Papers set at the Examination for Leaving Certificates, 1891
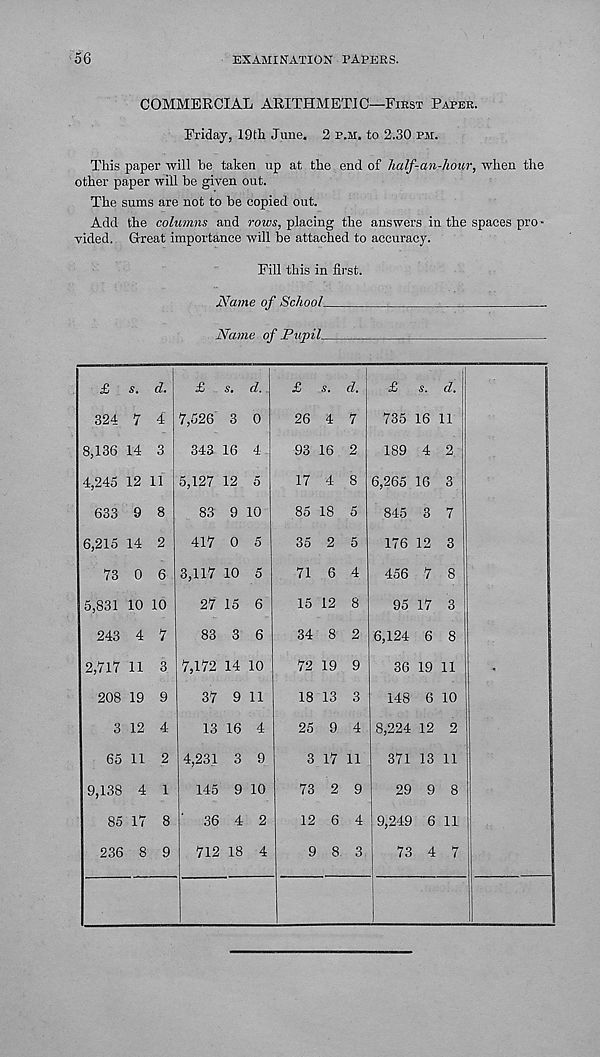
56
EXAMINATION PAPERS.
COMMERCIAL ARITHMETIC—First Paper.
Friday, 19th June. 2 p.h. to 2.30 pm.
This paper will be taken up at the end of half-an-howr, when the
other paper will be given out.
The sums are not to be copied out.
Add the columns and rows, placing the answers in the spaces pro-
vided. Great importance will be attached to accuracy.
Fill this in first.
Name of School
Name of Pupil
£ s. d.
324 7 4
8,136 14 3
4,245 12 11
633 9 8
6,215 14 2
73 0 6
5,831 10 10
243 4 7
2,717 11 3
208 19 9
3 12 4
65 11 2
9,138 4 1
85 17 8
236 8 9
£ s. d.
7,526 3 0
343 16 4
5,127 12 5
83 9 10
417 0 5
3,117 10 5
27 15 6
83 3 6
7,172 14 10
37 9 11
13 16 4
4,231 3 9
145 9 10
36 4 2
712 18 4
£ s. d.
26 4 7
93 16 2
17 4 8
85 18 5
35 2 5
71 6 4
15 12 8
34 8 2
72 19 9
18 13 3
25 9 4
3 17 11
73 2 9
12 6 4
9 8 3
£ s. d.
735 16 11
189 4 2
6,265 16 3
845 3 7
176 12 3
456 7 8
95 17 3
6,124 6 8
36 19 11
148 6 10
8,224 12 2
371 13 11
29 9 8
9,249 6 11
73 4 7